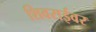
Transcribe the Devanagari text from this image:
शिवराईवर